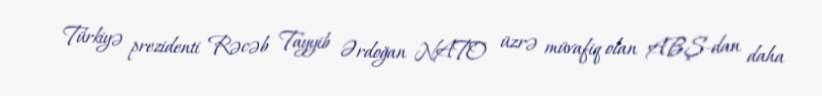
Türkiyə prezidenti Rəcəb Tayyib Ərdoğan NATO üzrə müvafiq olan ABŞ-dan daha